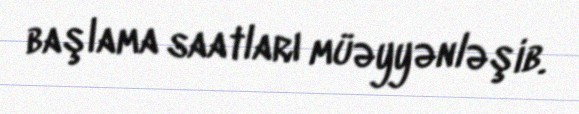
başlama saatları müəyyənləşib.